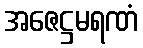
အဇေဋ္ဌမရဏံ